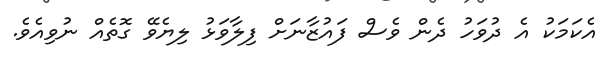
އެކަމަކު އެ ދުވަހު ދެން ވެސް ފައުޒާނަށް ފިލާވަޅު ލިޔެވޭ ގޮތެއް ނުވިއެވެ.